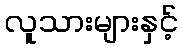
လူသားများနှင့်